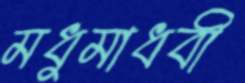
মধুমাধবী